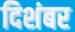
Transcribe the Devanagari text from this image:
दिशंबर